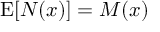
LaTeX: \operatorname { E } [ N ( x ) ] = M ( x )